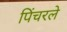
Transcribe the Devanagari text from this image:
पिंचरले